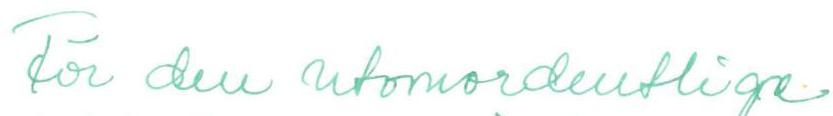
För den utomordentlige